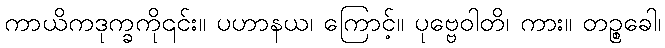
ကာယိကဒုက္ခကို၎င်း။ ပဟာနယ၊ ကြောင့်။ ပုဗ္ဗေဝါတိ၊ ကား။ တဉ္စခေါ၊